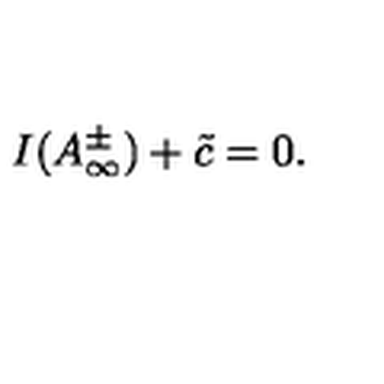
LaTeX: I ( A _ { \infty } ^ { \pm } ) + \tilde { c } = 0 .